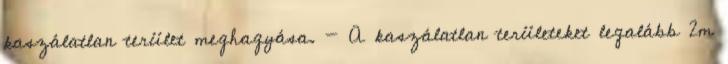
kaszálatlan terület meghagyása. - A kaszálatlan területeket legalább 2m